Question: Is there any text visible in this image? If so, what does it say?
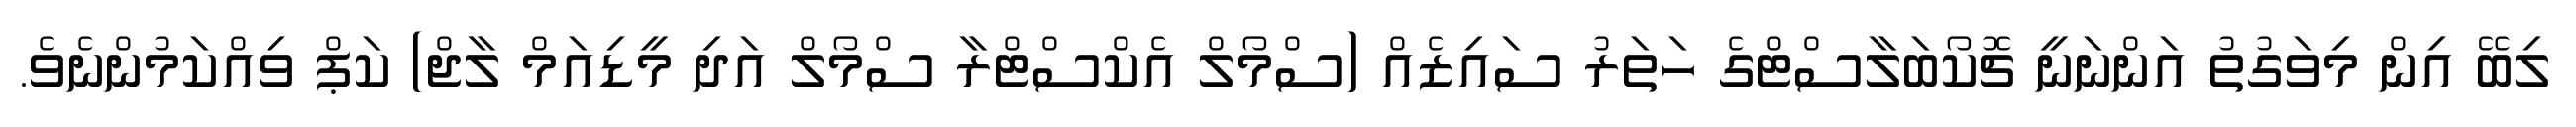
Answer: ލިބޭ އިން މިވަގުތު އަންނަނީ ޗޮކޯބަލާސްޓްގެ ހަތަރު ސައިޒެއް (ސްމޯލް އެކްސްޓްރާ ސްމޯލް އަދި މީޑިއަމް ލާޖް) ކަޕް ވިއްކަމުންނެވެ.